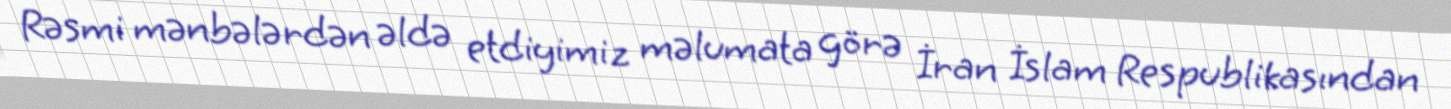
Rəsmi mənbələrdən əldə etdiyimiz məlumata görə İran İslam Respublikasından